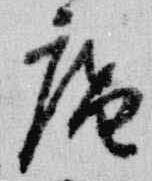
庵